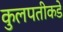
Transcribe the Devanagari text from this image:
कुलपतीकडे